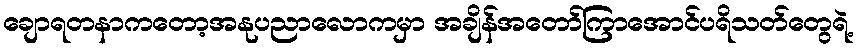
ချောရတနာကတော့အနုပညာလောကမှာ အချိန်အတော်ကြာအောင်ပရိသတ်တွေရဲ့